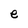
Character: e